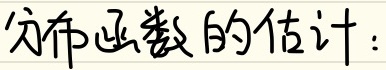
分布函数的估计：